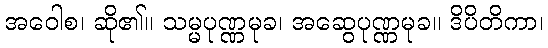
အဝေါစ၊ ဆို၏။ သမ္မပုဏ္ဏမုခ၊ အဆွေပုဏ္ဏမုခ။ ဒိပိတိကာ၊